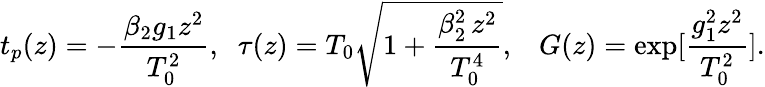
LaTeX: t_{p}(z)=-\frac{\beta_{2}g_{1}z^{2}}{T_{0}^{2}},\; \; \tau(z)=T_{0}\sqrt{1+\frac{\beta_{2}^{2}\, z^{2}}{T_{0}^{4}}},\; \; \; G(z)=\exp[\frac{g_{1}^{2}z^{2}}{T_{0}^{2}}].